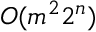
O ( m ^ { 2 } 2 ^ { n } )